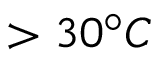
> 3 0 ^ { \circ } C